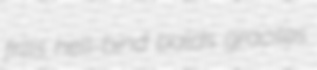
frills hell-bind balds graciles